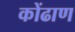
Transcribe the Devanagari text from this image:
कोंढाण